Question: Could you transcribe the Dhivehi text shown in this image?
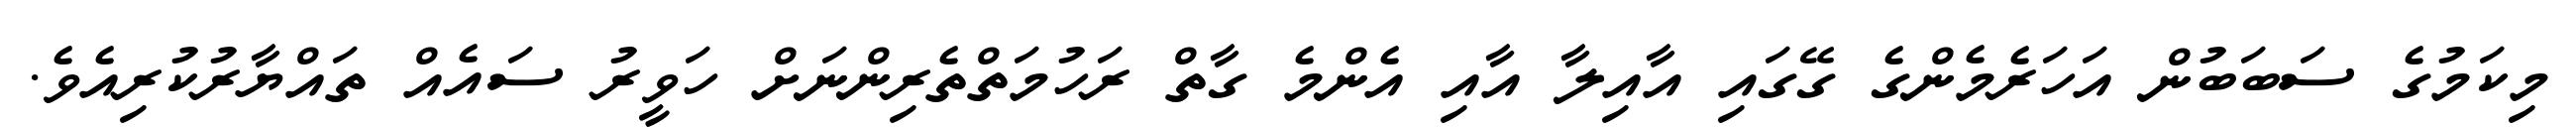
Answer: މިކަމުގެ ސަބަބުން އަހަރެމެންގެ ގޭގައި އާއިލާ އާއި އެންމެ ގާތް ރަހުމަތްތެރިންނަށް ހަވީރު ސައެއް ތައްޔާރުކުރިއެވެ.